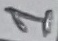
Text: 1